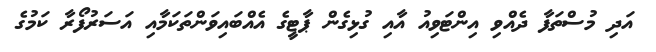
އަދި މުސްތަފާ ދެއްވި އިންޓަވިއު އާއި ގުޅިގެން ޕާޓީގެ އެއްބައިވަންތަކަމާއި އަސަރުފޯރާ ކަމުގެ